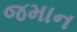
જમાન